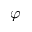
\varphi